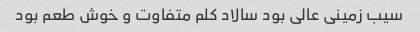
سیب زمینی عالی بود سالاد کلم متفاوت و خوش طعم بود